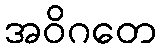
အဝိဂတေ